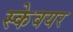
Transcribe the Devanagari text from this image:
स्केवयर